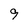
Character: 9